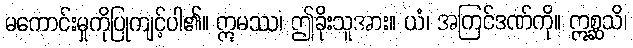
မကောင်းမှုကိုပြုကျင့်ပါ၏။ ဣမဿ၊ ဤခိုးသူအား။ ယံ၊ အကြင်ဒဏ်ကို။ ဣစ္ဆသိ၊